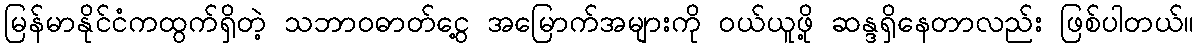
မြန်မာနိုင်ငံကထွက်ရှိတဲ့ သဘာဝဓာတ်ငွေ့ အမြောက်အများကို ဝယ်ယူဖို့ ဆန္ဒရှိနေတာလည်း ဖြစ်ပါတယ်။